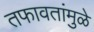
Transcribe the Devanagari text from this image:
तफावतांमुळे